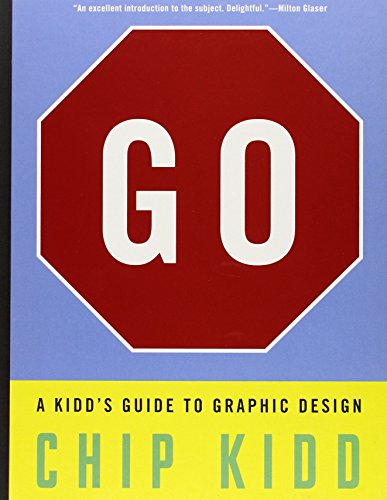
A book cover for Go: A Kidd's Guide to Graphic Design; Chip Kidd; Children's Books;